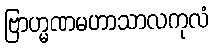
ဗြာဟ္မဏမဟာသာလကုလံ